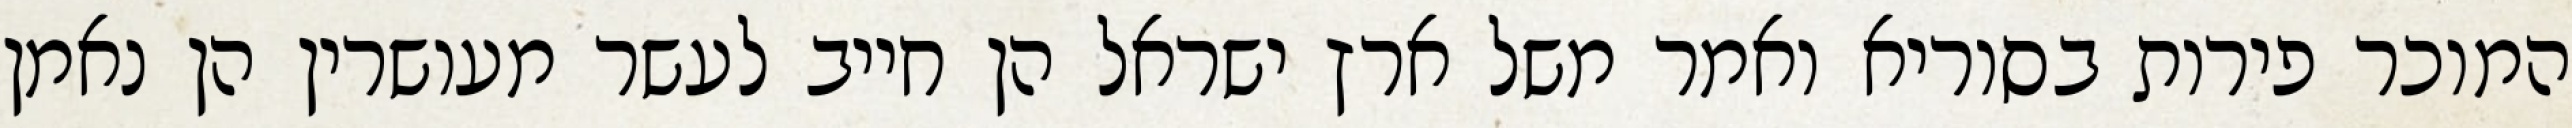
המוכר פירות בסוריא ואמר משל ארץ ישראל הן חייב לעשר מעושרין הן נאמן